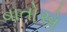
વાતોએ